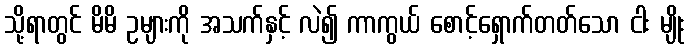
သို့ရာတွင် မိမိ ဥများကို အသက်နှင့် လဲ၍ ကာကွယ် စောင့်ရှောက်တတ်သော ငါး မျိုး